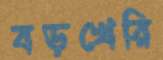
বড়খেরি